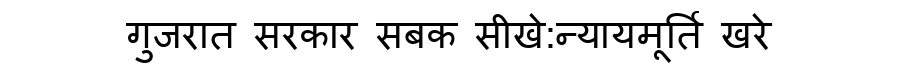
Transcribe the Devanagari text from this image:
गुजरात सरकार सबक सीखे:न्यायमूर्ति खरे